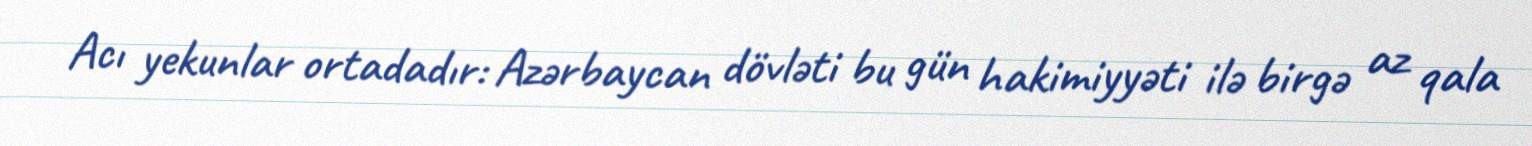
Acı yekunlar ortadadır: Azərbaycan dövləti bu gün hakimiyyəti ilə birgə az qala